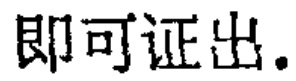
即可证出。